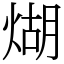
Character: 煳